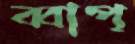
ব্বাপ্